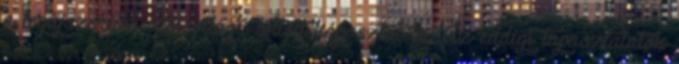
a legújszerűbb ízlésvilágú töltött káposztát is. Az eddigi tapasztalatok